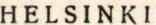
HELSINKI